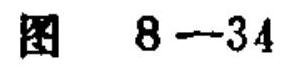
图 \(8 - 34\)